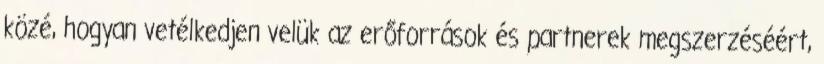
közé, hogyan vetélkedjen velük az erőforrások és partnerek megszerzéséért,